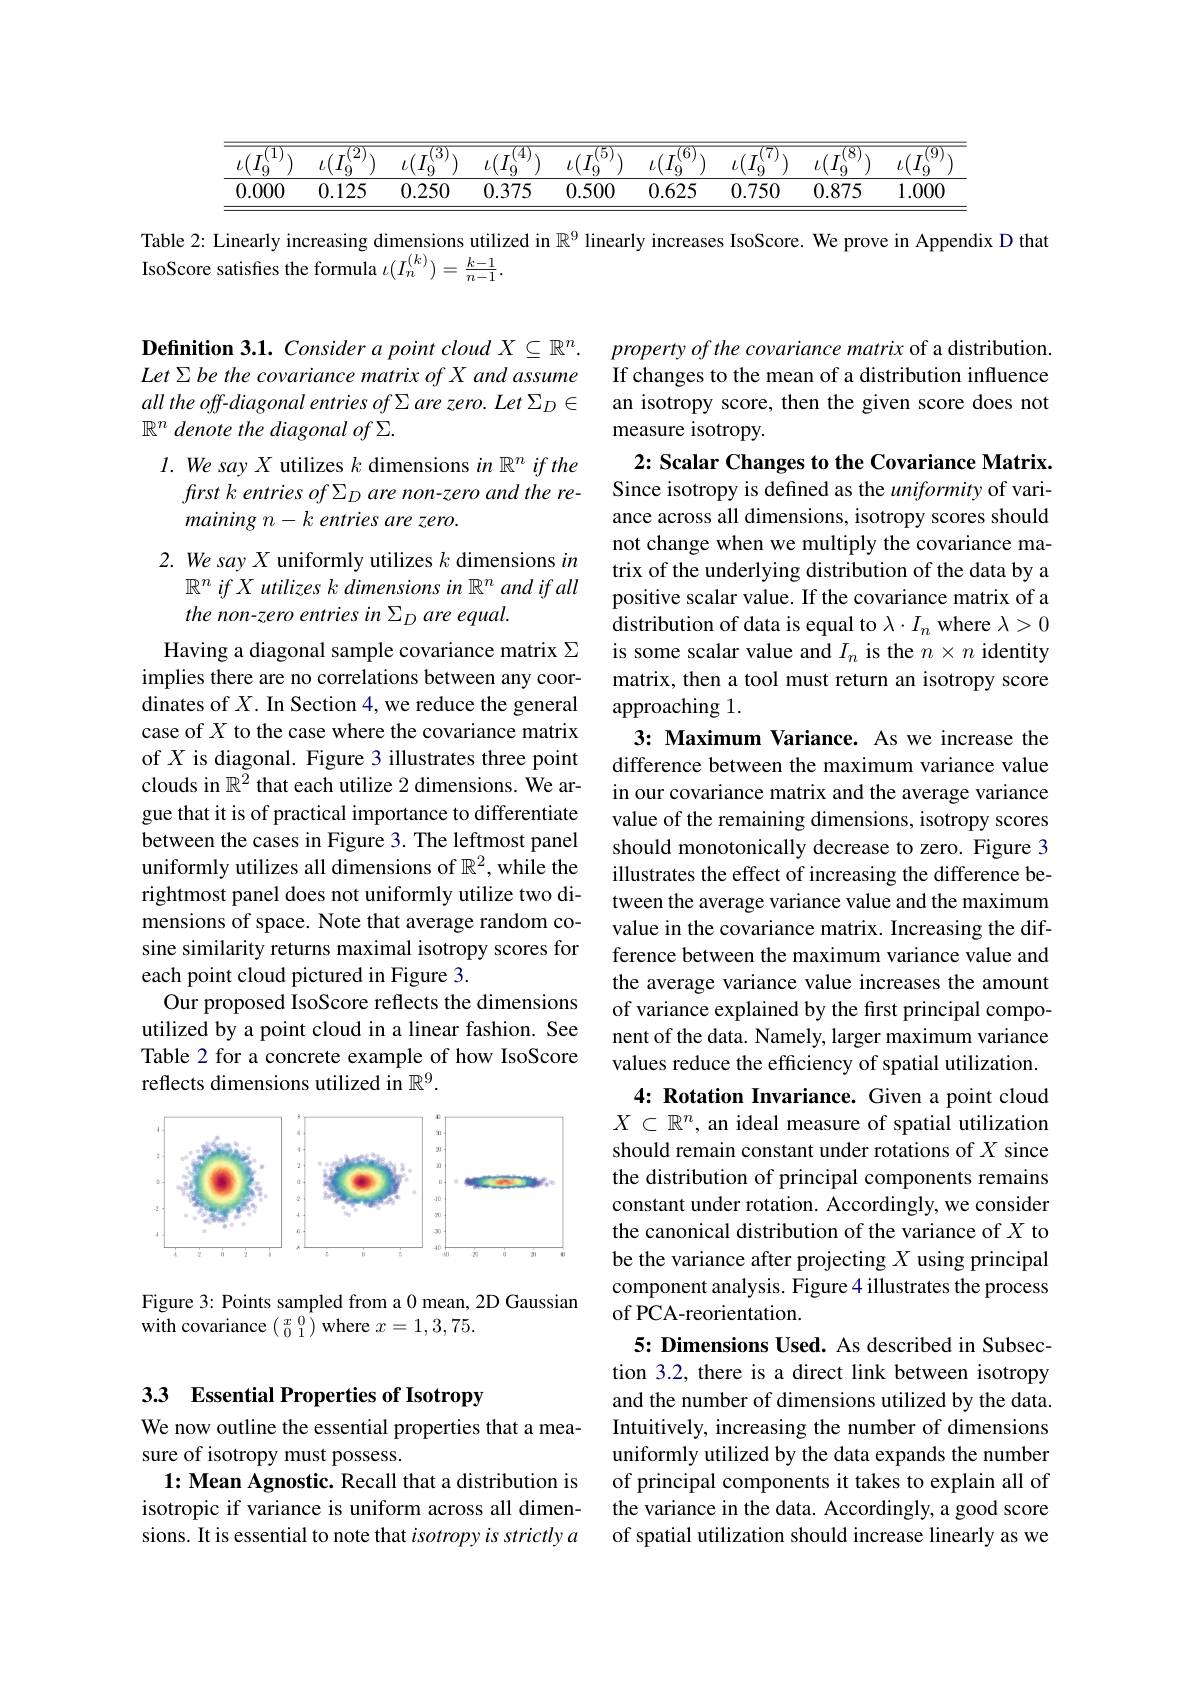
Table 2: Linearly increasing dimensions utilized in $\mathbb{R}^9$ linearly increases IsoScore. We prove in Appendix D that
IsoScore satisfies the formula $\iota(I_n^{(k)})=\frac{k-1}{n-1}.$

Definition 3.1. Consider a point cloud $X\subseteq\mathbb{R}^n.$ Let Σ be the covariance matrix of X and assume all the off-diagonal entries of Σ are zero. Let ΣD € $\mathbb{R}^n$ denote the diagonal of $\Sigma.$

$l.$ We say $X$ utilizes $k$ dimensions in $\mathbb{R} ^n\textit{ if the}$
ftrst k entries of $\Sigma_D$ are non-zero and the re-
maining $n- k\textit{ entries are zero. }$

## 2. We say X uniformly utilizes $k$ dimensions $in$ $\mathbb{R}^n\textit{ if X utilizes k dimensions in R}^n$ and if all the non-zero entries in $\Sigma _D\textit{are equal. }$

Having a diagonal sample covariance matrix $\Sigma$ implies there are no correlations between any coordinates of $X.$ In Section 4, we reduce the general case of $X$ to the case where the covariance matrix of $X$ is diagonal. Figure 3 illustrates three point clouds in $\mathbb{R}^{\breve{2}}$ that each utilize 2 dimensions. $\dot{\text{We ar-}}$ gue that it is of practical importance to differentiate between the cases in Figure 3. The leftmost panel uniformly utilizes all dimensions of $\mathbb{R}^2$, while the rightmost panel does not uniformly utilize two dimensions of space. Note that average random cosine similarity returns maximal isotropy scores for each point cloud pictured in Figure 3.
Our proposed IsoScore reflects the dimensions utilized by a point cloud in a linear fashion. See Table 2 for a concrete example of how IsoScore reflects dimensions utilized in $\mathbb{R}^9.$

property of the covariance matrix of a distribution. If changes to the mean of a distribution influence an isotropy score, then the given score does not measure isotropy.
2: Scalar Changes to the Covariance Matrix. Since isotropy is defined as the uniformity of variance across all dimensions, isotropy scores should not change when we multiply the covariance matrix of the underlying distribution of the data by a positive scalar value. If the covariance matrix of a distribution of data is equal to $\lambda\cdot I_n$ where $\lambda>0$ is some scalar value and $I_n$ is the $n\times n$ identity matrix, then a tool must return an isotropy score approaching 1.
3: Maximum Variance. As we increase the difference between the maximum variance value in our covariance matrix and the average variance value of the remaining dimensions, isotropy scores should monotonically decrease to zero. Figure 3 illustrates the effect of increasing the difference between the average variance value and the maximum value in the covariance matrix. Increasing the difference between the maximum variance value and the average variance value increases the amount of variance explained by the frst principal component of the data. Namely, larger maximum variance values reduce the efficiency of spatial utilization. 4{:} Rotation Invariance. Given a point cloud
$X\subset\mathbb{R}^n$, an ideal measure of spatial utilization should remain constant under rotations of $X$ since the distribution of principal components remains constant under rotation. Accordingly, we consider the canonical distribution of the variance of $X$ to be the variance after projecting $X$ using principal component analysis. Figure 4 illustrates the process of PCA-reorientation.
5: Dimensions Used. As described in Subsection 3.2, there is a direct link between isotropy and the number of dimensions utilized by the data. Intuitively, increasing the number of dimensions uniformly utilized by the data expands the number of principal components it takes to explain all of the variance in the data. Accordingly, a good score of spatial utilization should increase linearly as we

<FigureHere>

Figure 3: Points sampled from a 0 mean, 2D Gaussian
with covariance $(\begin{smallmatrix}x&0\\0&1\end{smallmatrix})$ where $x=1,3,75.$

## 3.3 Essential Properties of Isotropy

We now outline the essential properties that a mea-
sure of isotropy must possess.
1{:} Mean Agnostic. Recall that a distribution is isotropic if variance is uniform across all dimensions. It is essential to note that $isotropy\textit{is strictly a}$